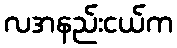
လအနည်းငယ်က